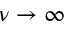
\nu \to \infty